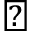
\bigtriangledown